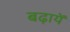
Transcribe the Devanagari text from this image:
बढ़ायें